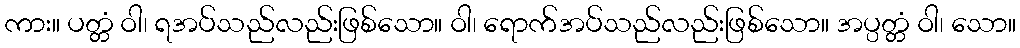
ကား။ ပတ္တံ ဝါ၊ ရအပ်သည်လည်းဖြစ်သော။ ဝါ၊ ရောက်အပ်သည်လည်းဖြစ်သော။ အပ္ပတ္တံ ဝါ၊ သော။